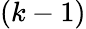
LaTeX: (k-1)